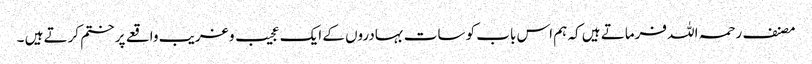
مصنف رحمہ اللہ فرماتے ہیں کہ ہم اس باب کو سات بہادروں کے ایک عجیب و غریب واقعے پر ختم کرتے ہیں ۔